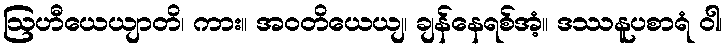
ဩဟီယေယျာတိ၊ ကား။ အဝတိယေယျ၊ ချန်နေရစ်အံ့။ ဒဿနူပစာရံ ဝါ၊